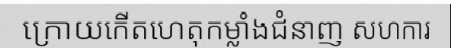
ក្រោយកើតហេតុកម្លាំងជំនាញ សហការ